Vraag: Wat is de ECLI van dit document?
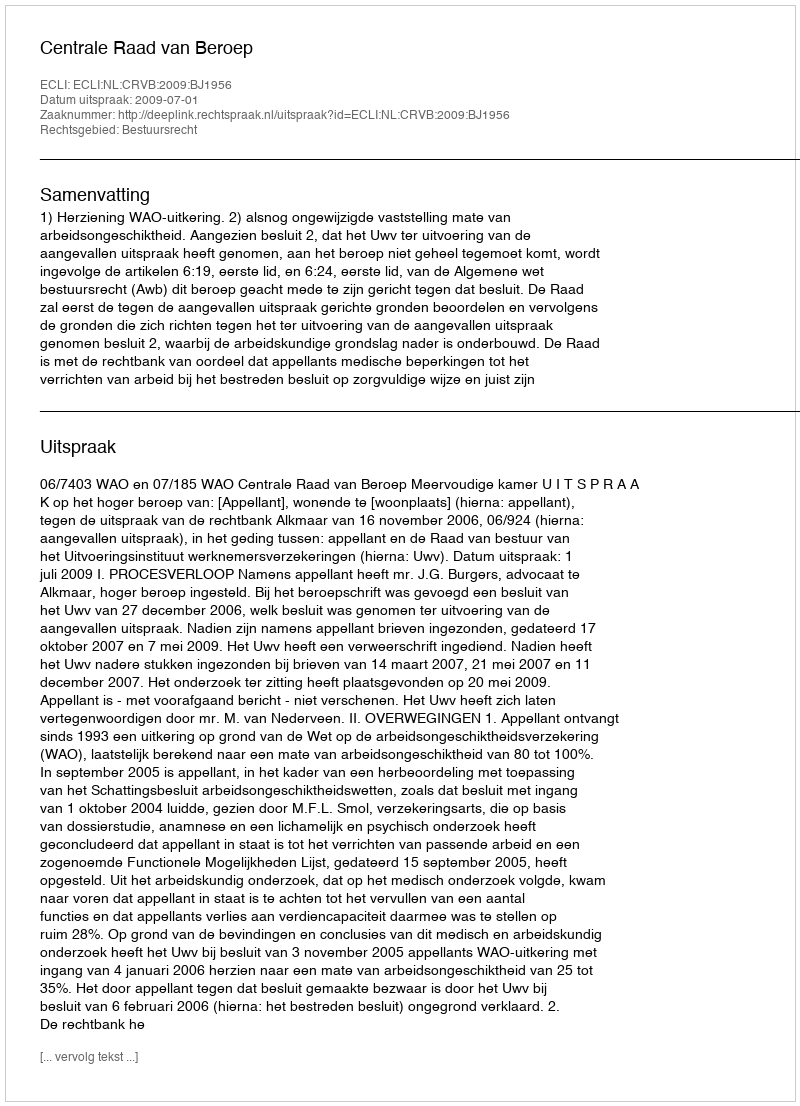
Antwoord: ECLI:NL:CRVB:2009:BJ1956